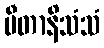
ပီတာနိသံသံ